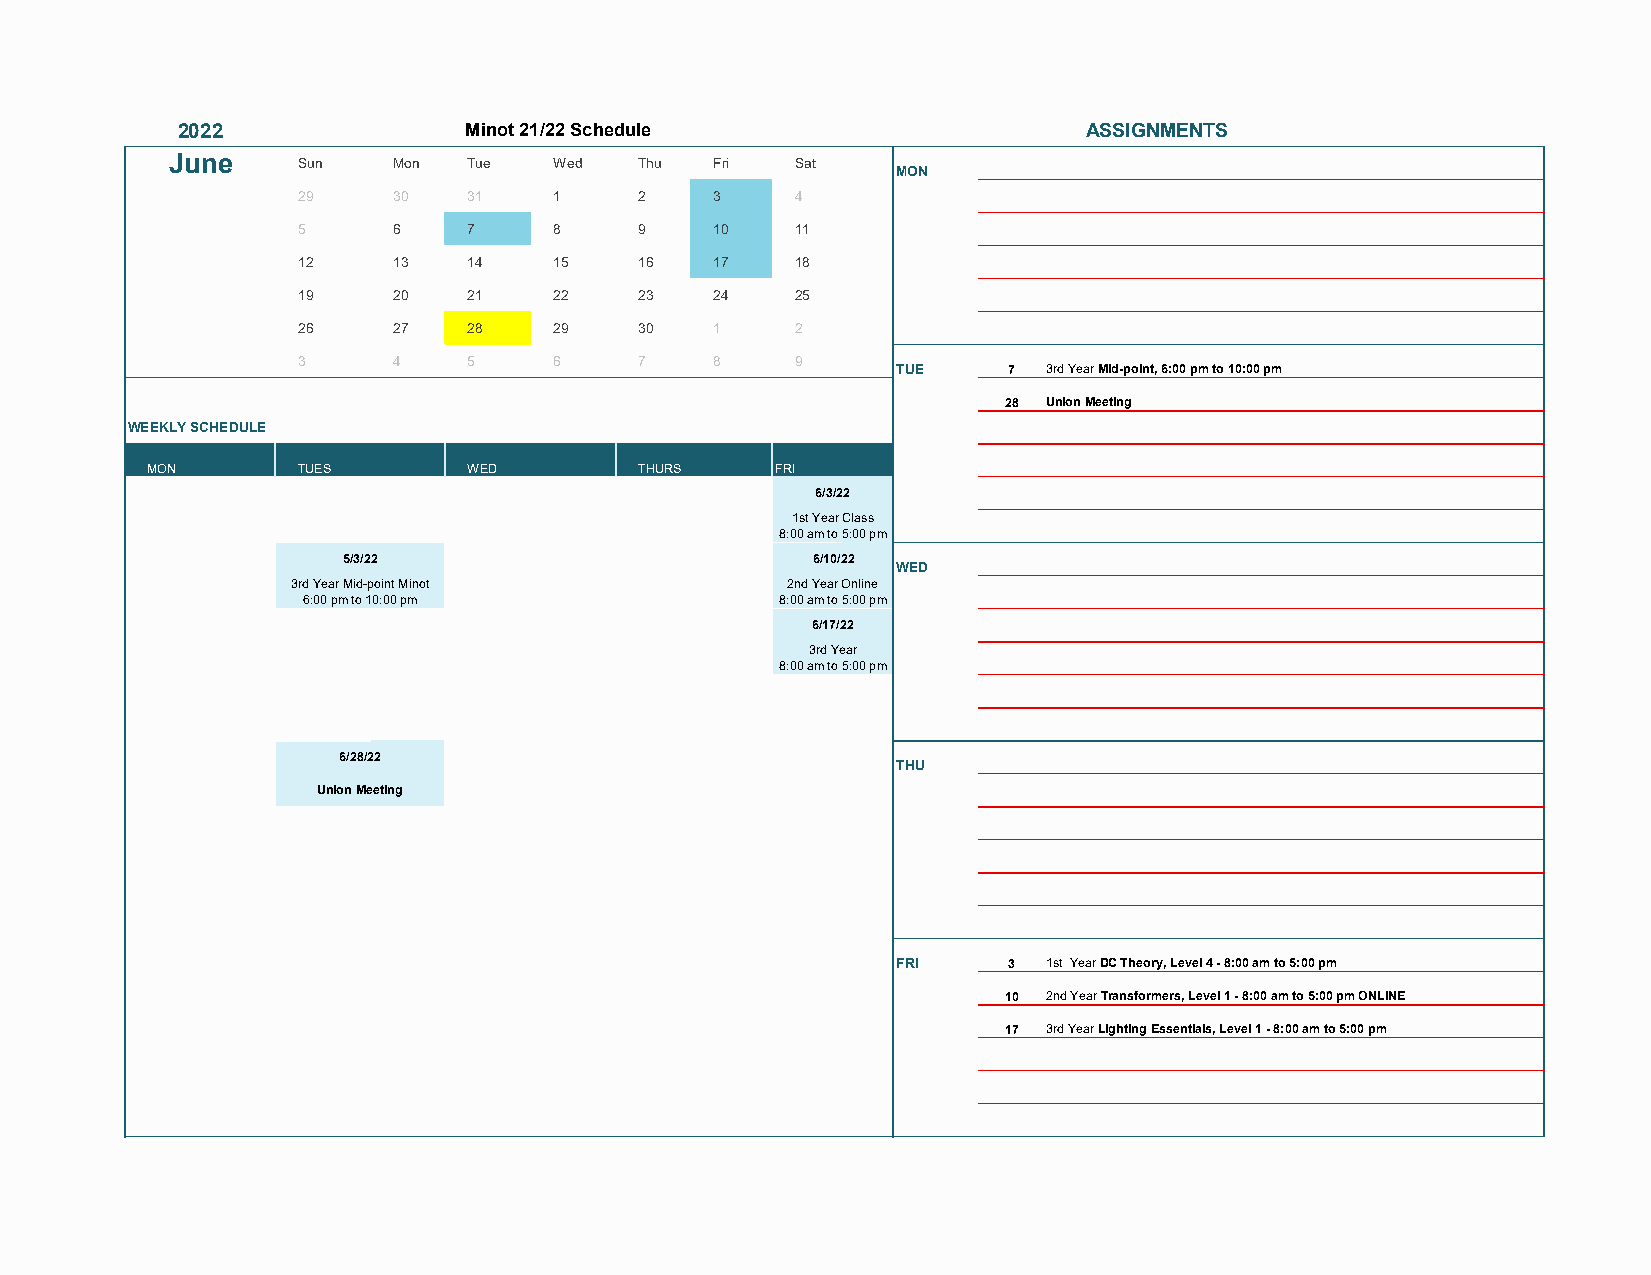
2022               Minot 21/22 Schedule        Day of the calendar ASSIGNMENTS
 week  day
 June     Sun   Mon  Tue   Wed  Thu  Fri   Sat
 MON
 29    30   31    1    2    3     4
 5     6    7     8    9    10    11
 12    13   14    15   16   17    18
 19    20   21    22   23   24    25
 26    27   28    29   30   1     2
 3     4    5     6    7    8     9
 TUE     7 3rd Year Mid-point, 6:00 pm to 10:00 pm
 28 Union Meeting
 WEEKLY SCHEDULE
 W
 e
 eTki MON     TUES       WED        THURS    FRI
 m
 6/3/22
 eCl
 as                                           1st Year Class
 sTi                                          8:00 am to 5:00 pm
 m
 5/3/22                         6/10/22
 eCl                                                 WED
 as          3rd Year Mid-point Minot         2nd Year Online
 sTi          6:00 pm to 10:00 pm             8:00 am to 5:00 pm
 m
 6/17/22
 eCl
 as                                             3rd Year
 sTi                                          8:00 am to 5:00 pm
 m
 eCl
 as
 sTi
 m
 6/28/22
 eCl                                                 THU
 as
 Union Meeting
 sTi
 m
 eCl
 as
 sTi
 m
 eCl
 as
 sTi
 m
 eCl                                                 FRI     3 1st Year DC Theory, Level 4 - 8:00 am to 5:00 pm
 as
 sTi                                                        10 2nd Year Transformers, Level 1 - 8:00 am to 5:00 pm ONLINE
 m
 eCl                                                        17 3rd Year Lighting Essentials, Level 1 - 8:00 am to 5:00 pm
 as
 sTi
 m
 eCl
 as
 s